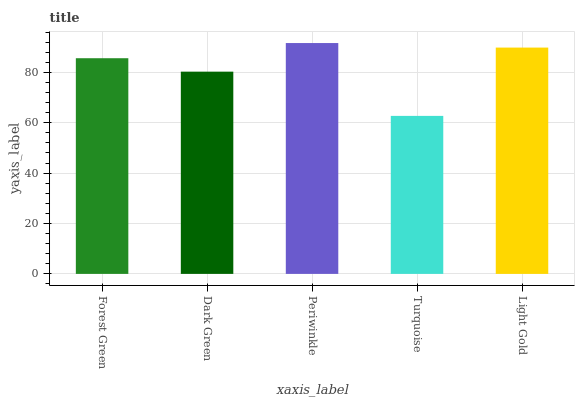
| xaxis_label | bars |
 | --- | --- |
 | Forest Green | 85.6 |
 | Dark Green | 80.3 |
 | Periwinkle | 91.7 |
 | Turquoise | 62.7 |
 | Light Gold | 89.9 |